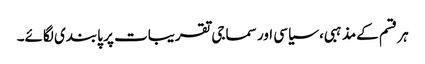
ہر قسم کےمذہبی، سیاسی اور سماجی تقریبات پر پابندی لگائے۔